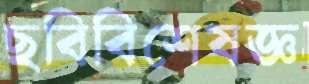
ছবিবিশেষজ্ঞ